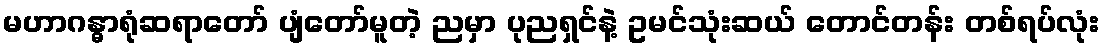
မဟာဂန္ဓာရုံဆရာတော် ပျံတော်မူတဲ့ ညမှာ ပုညရှင်နဲ့ ဥမင်သုံးဆယ် တောင်တန်း တစ်ရပ်လုံး